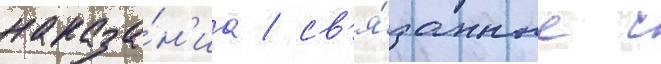
наказа́н'иа / св'я́занные с